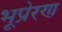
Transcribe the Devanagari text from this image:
भूप्रेरण